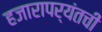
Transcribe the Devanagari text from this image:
हजारापर्यंतची